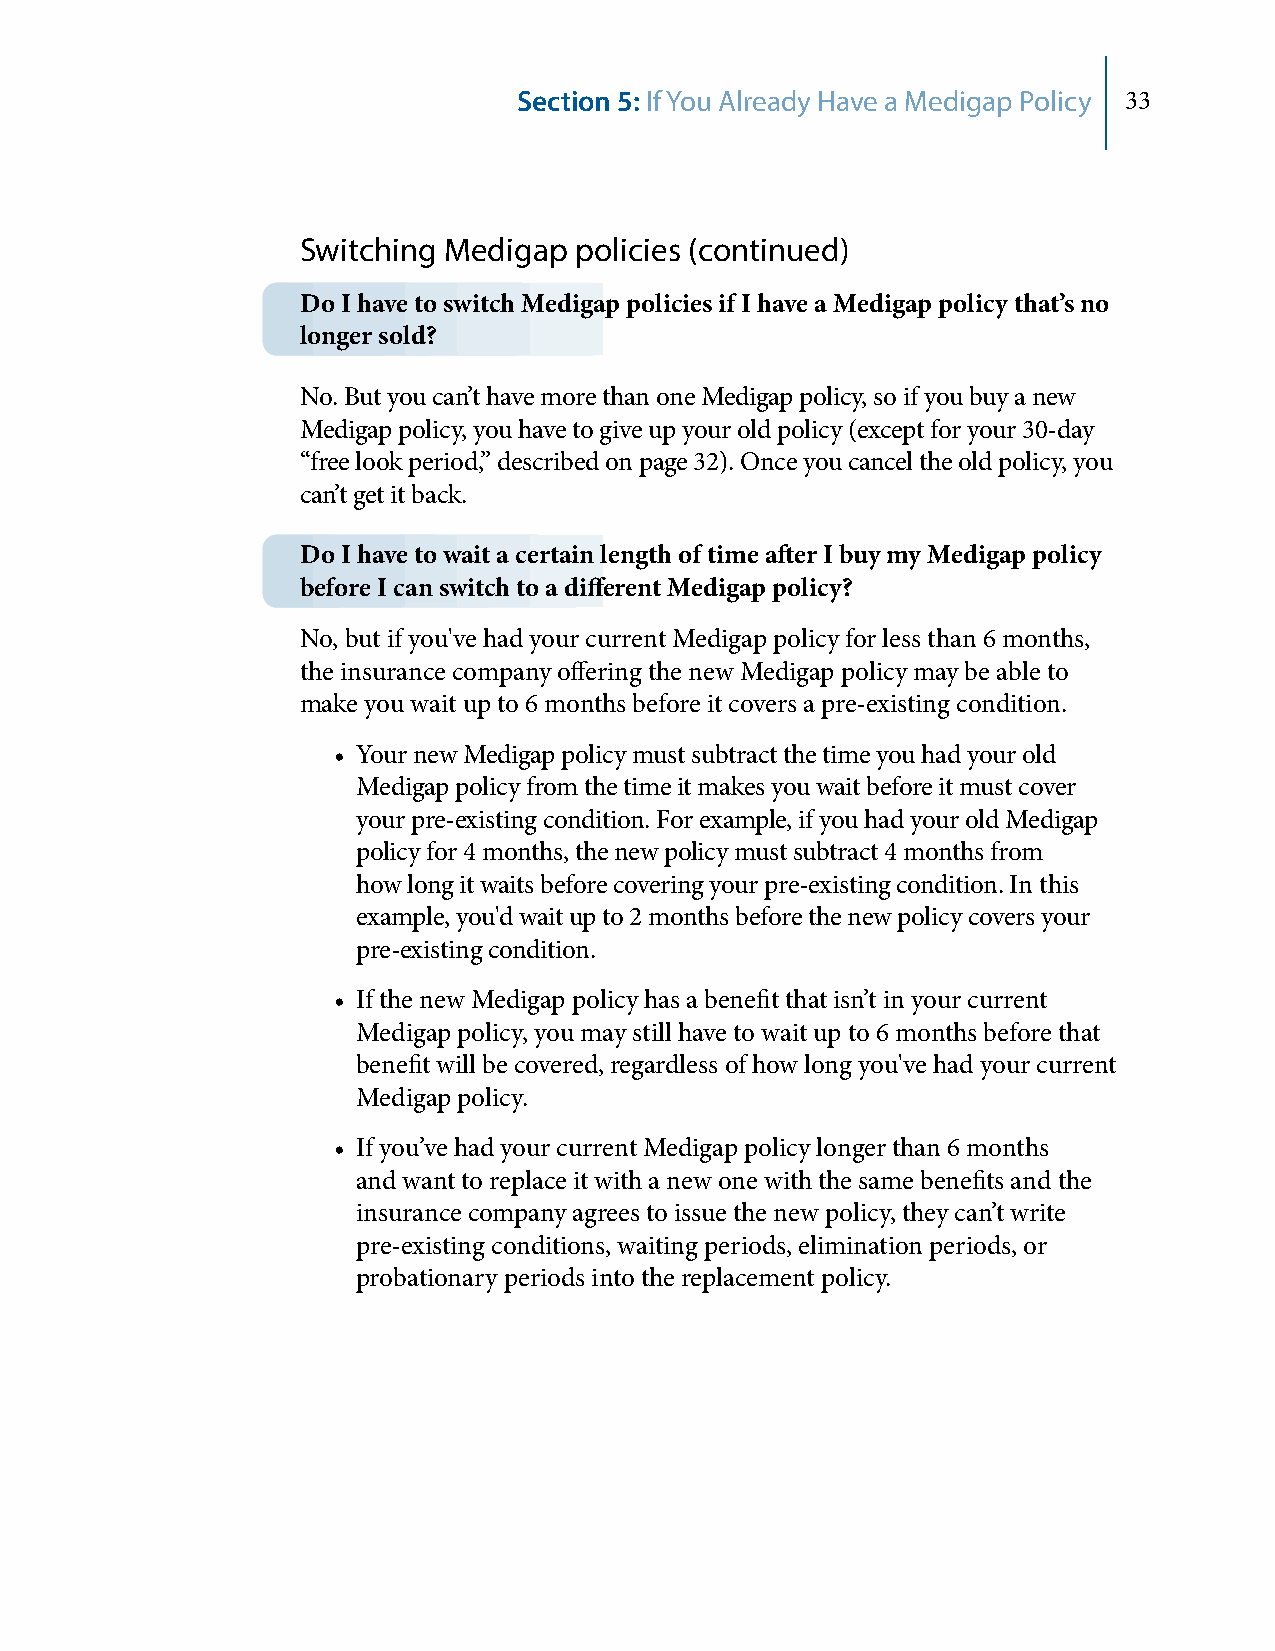
Section 5: If You Already Have a Medigap Policy 33
 Switching Medigap policies (continued)
 Do I have to switch Medigap policies if I have a Medigap policy that’s no
 longer sold?
 No. But you can’t have more than one Medigap policy, so if you buy a new
 Medigap policy, you have to give up your old policy (except for your 30‑day
 “free look period,” described on page 32). Once you cancel the old policy, you
 can’t get it back.
 Do I have to wait a certain length of time after I buy my Medigap policy
 before I can switch to a different Medigap policy?
 No, but if you've had your current Medigap policy for less than 6 months,
 the insurance company offering the new Medigap policy may be able to
 make you wait up to 6 months before it covers a pre‑existing condition.
 • Your new Medigap policy must subtract the time you had your old
 Medigap policy from the time it makes you wait before it must cover
 your pre‑existing condition. For example, if you had your old Medigap
 policy for 4 months, the new policy must subtract 4 months from
 how long it waits before covering your pre‑existing condition. In this
 example, you'd wait up to 2 months before the new policy covers your
 pre‑existing condition.
 • If the new Medigap policy has a benefit that isn’t in your current
 Medigap policy, you may still have to wait up to 6 months before that
 benefit will be covered, regardless of how long you've had your current
 Medigap policy.
 • If you’ve had your current Medigap policy longer than 6 months
 and want to replace it with a new one with the same benefits and the
 insurance company agrees to issue the new policy, they can’t write
 pre‑existing conditions, waiting periods, elimination periods, or
 probationary periods into the replacement policy.